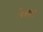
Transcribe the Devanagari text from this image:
चिन्नाडा